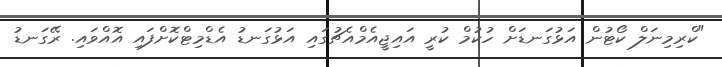
"ކްރިމިނަލް ކޯޓުން އަޅުގަނޑަށް ހުކުމް ކުރީ އައިޖީއެމްއެޗުގައި އަޅުގަނޑު އެޑްމިޓްކޮށްފައި އޮއްވައި. ރޭގަނޑު